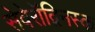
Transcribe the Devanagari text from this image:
सेवेरॉद्विनस्क